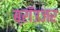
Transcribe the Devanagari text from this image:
ब्रॉउजर